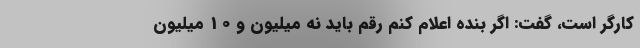
کارگر است، گفت: اگر بنده اعلام کنم رقم باید نه میلیون و 10 میلیون